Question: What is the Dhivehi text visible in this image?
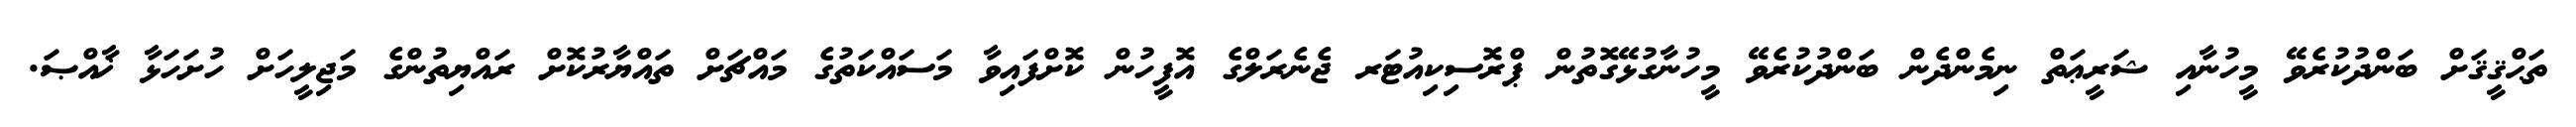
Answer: ތަޙްޤީޤަށް ބަންދުކުރެވޭ މީހުނާއި ޝަރީޢަތް ނިމެންދެން ބަންދުކުރެވޭ މީހުނާގުޅޭގޮތުން ޕްރޮސިކިއުޓަރ ޖެނެރަލްގެ އޮފީހުން ކޮށްފައިވާ މަސައްކަތުގެ މައްޗަށް ތައްޔާރުކޮށް ރައްޔިތުންގެ މަޖިލީހަށް ހުށަހަޅާ ޚާއްޞަ.